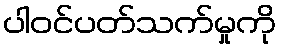
ပါဝင်ပတ်သက်မှုကို